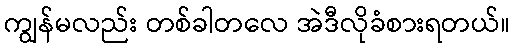
ကျွန်မလည်း တစ်ခါတလေ အဲဒီလိုခံစားရတယ်။